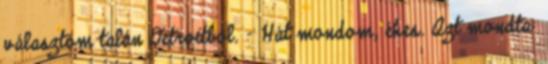
választóm talán Detroitból. – Hát mondom, éhes. Azt mondta: